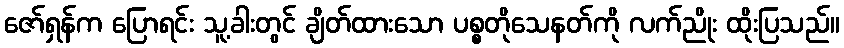
ဇော်ရှန်က ပြောရင်း သူ့ခါးတွင် ချိတ်ထားသော ပစ္စတိုသေနတ်ကို လက်ညိုး ထိုးပြသည်။